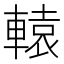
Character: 轅